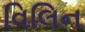
વિલિન